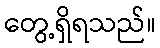
တွေ့ရှိရသည်။